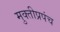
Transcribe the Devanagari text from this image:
मुक्तीप्रपंच